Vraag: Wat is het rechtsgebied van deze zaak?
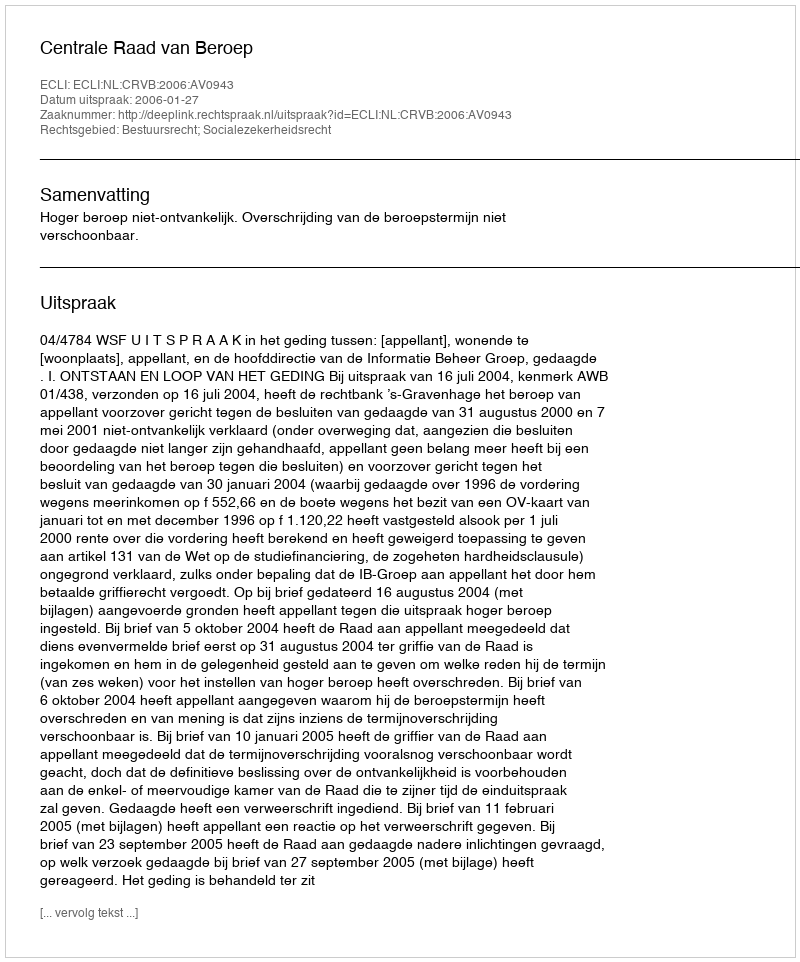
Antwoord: Bestuursrecht; Socialezekerheidsrecht